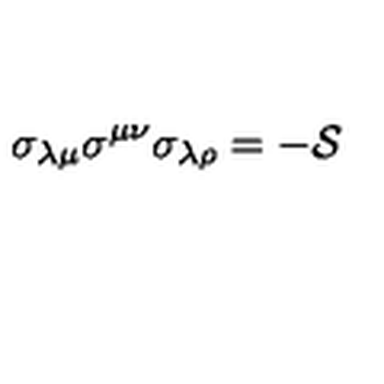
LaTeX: \sigma _ { \lambda \mu } \sigma ^ { \mu \nu } \sigma _ { \lambda \rho } = - { \cal S }